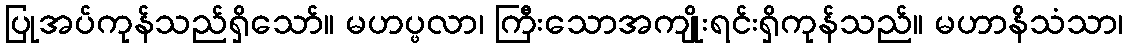
ပြုအပ်ကုန်သည်ရှိသော်။ မဟပ္ဖလာ၊ ကြီးသောအကျိုးရင်းရှိကုန်သည်။ မဟာနိသံသာ၊